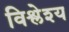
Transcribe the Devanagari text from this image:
विश्लेश्य